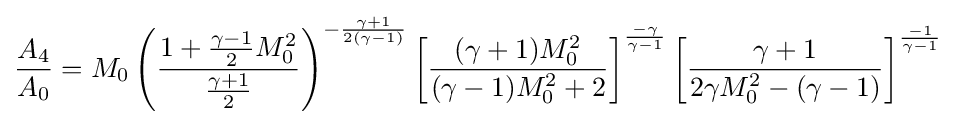
{\frac {A_{4}}{A_{0}}}=M_{0}\left({\frac {1+{\frac {\gamma -1}{2}}M_{0}^{2}}{\frac {\gamma +1}{2}}}\right)^{-{\frac {\gamma +1}{2(\gamma -1)}}}\left[{\frac {(\gamma +1)M_{0}^{2}}{(\gamma -1)M_{0}^{2}+2}}\right]^{\frac {-\gamma }{\gamma -1}}\left[{\frac {\gamma +1}{2\gamma M_{0}^{2}-(\gamma -1)}}\right]^{\frac {-1}{\gamma -1}}